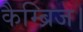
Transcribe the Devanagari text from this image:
कैम्ब्रिज।